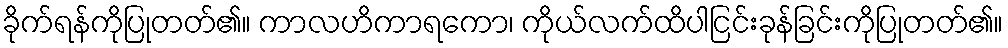
ခိုက်ရန်ကိုပြုတတ်၏။ ကာလဟိကာရကော၊ ကိုယ်လက်ထိပါငြင်းခုန်ခြင်းကိုပြုတတ်၏။